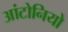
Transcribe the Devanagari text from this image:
आंटोनियो